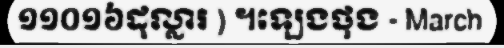
១១០១៦ដុល្លារ ) ។ឡេងថុង - March